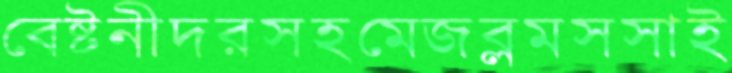
বেষ্টনীদরসহমেজব্লমসসাই